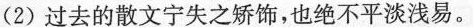
(2)过去的散文宁失之矫饰，也绝不平淡浅易。